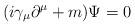
LaTeX: \begin{align*}(i\gamma_{\mu} \partial^{\mu} +m) \Psi=0\end{align*}